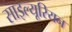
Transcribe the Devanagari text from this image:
साइल्यूरियन